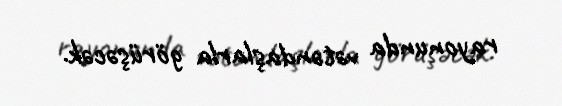
rayonunda vətəndaşlarla görüşəcək.